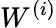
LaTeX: W^{(i)}